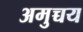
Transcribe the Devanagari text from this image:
अमुच्चय